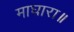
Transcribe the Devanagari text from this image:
माघारा॥